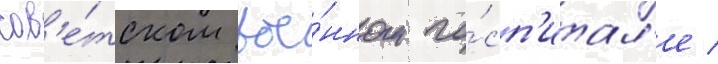
сов'е́тском вое́нном го́сп'итал'е /